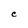
Character: C